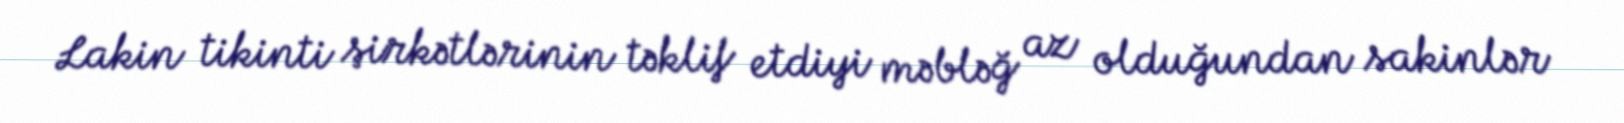
Lakin tikinti şirkətlərinin təklif etdiyi məbləğ az olduğundan sakinlər